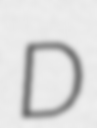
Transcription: D